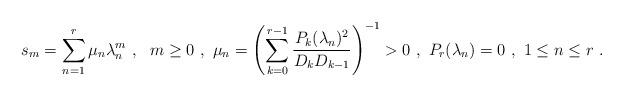
LaTeX: \begin{gather*} s_{m} = \sum_{n=1}^{r} \mu_{n}\lambda_{n}^{m} \ , \ \ m \geq 0 \ , \ \mu_{n} = \left(\sum\limits_{k=0}^{r-1} \dfrac{P_{k}(\lambda_{n})^{2}}{D_{k} D_{k-1}} \right)^{-1} > 0 \ , \ P_{r} (\lambda_{n}) = 0 \ , \ 1 \leq n \leq r \ .\end{gather*}